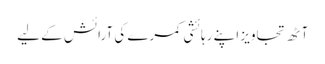
آٹھ تجاویز اپنے رہائشی کمرے کی آرائش کے لیے